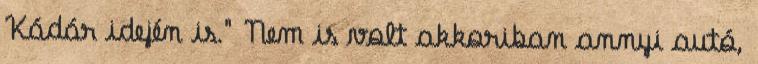
Kádár idején is." Nem is volt akkoriban annyi autó,